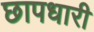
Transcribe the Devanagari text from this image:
छापधारी